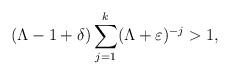
LaTeX: \begin{align*} (\Lambda-1+\delta)\sum_{j=1}^k (\Lambda+\varepsilon)^{-j} > 1,\end{align*}